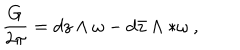
LaTeX: { \frac { G } { 2 \pi } } = d z \wedge \omega - d { \bar { z } } \wedge * \omega \ ,